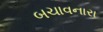
બચાવનારા